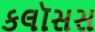
કલૉસસ